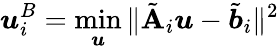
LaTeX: \boldsymbol{u}_{i}^{B}=\operatorname*{min}_{\boldsymbol{u}}\| \tilde{\mathbf{A}}_{i}\boldsymbol{u}-\tilde{\boldsymbol{b}}_{i}\| ^{2}